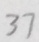
3 7